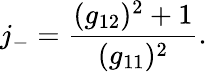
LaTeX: j_{-}=\frac{(g_{12})^{2}+1}{(g_{11})^{2}}.